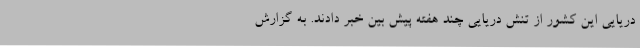
دریایی این کشور از تنش دریایی چند هفته پیش بین خبر دادند. به گزارش